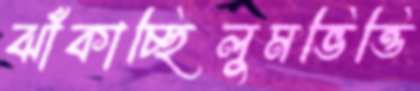
ঝাঁকাচ্ছিলুমভিত্তি